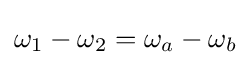
\omega _{1}-\omega _{2}=\omega _{a}-\omega _{b}